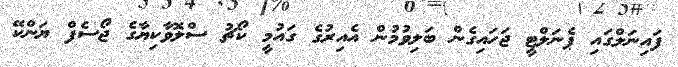
ފައިނަލްގައި ޕެނަލްޓީ ޖަހައިގެން ބަލިވުމުން އެއިރުގެ ގައުމީ ކޯޗު ސްލޮވާކިޔާގެ ޖޯސެފް ޔަންކޭ